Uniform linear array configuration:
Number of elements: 24
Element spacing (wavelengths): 1
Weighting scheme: cosine
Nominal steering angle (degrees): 45
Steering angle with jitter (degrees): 46.993
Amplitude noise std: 0.05
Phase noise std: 0.05

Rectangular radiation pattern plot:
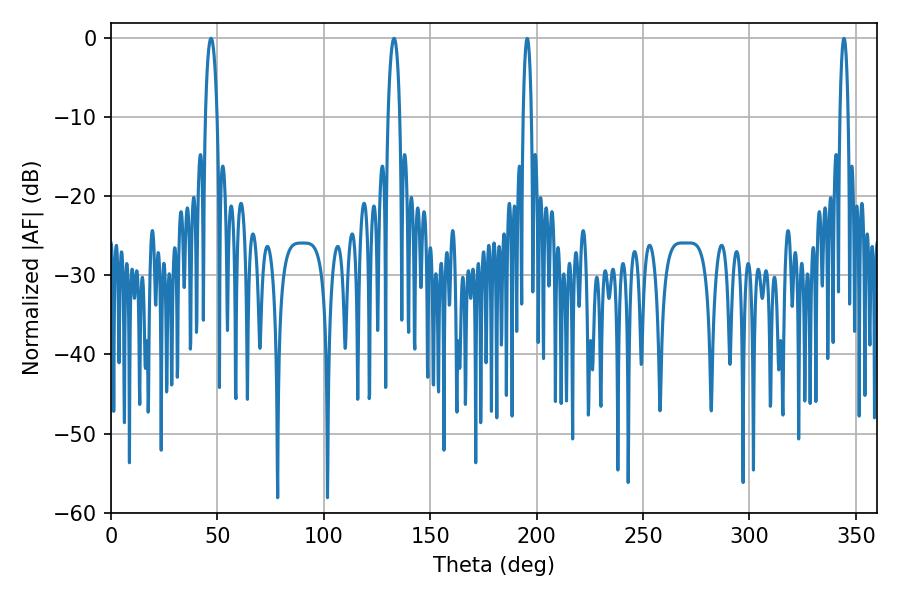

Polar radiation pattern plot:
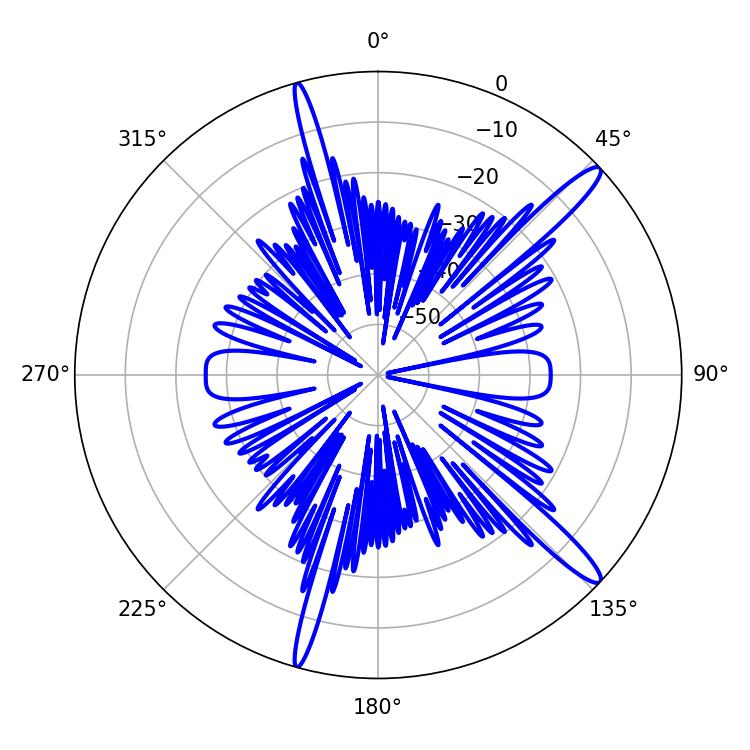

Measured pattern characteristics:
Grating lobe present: TRUE
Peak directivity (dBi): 14.824
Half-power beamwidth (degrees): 3.06
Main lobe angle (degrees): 46.98